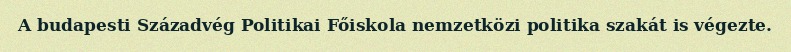
A budapesti Századvég Politikai Főiskola nemzetközi politika szakát is végezte.